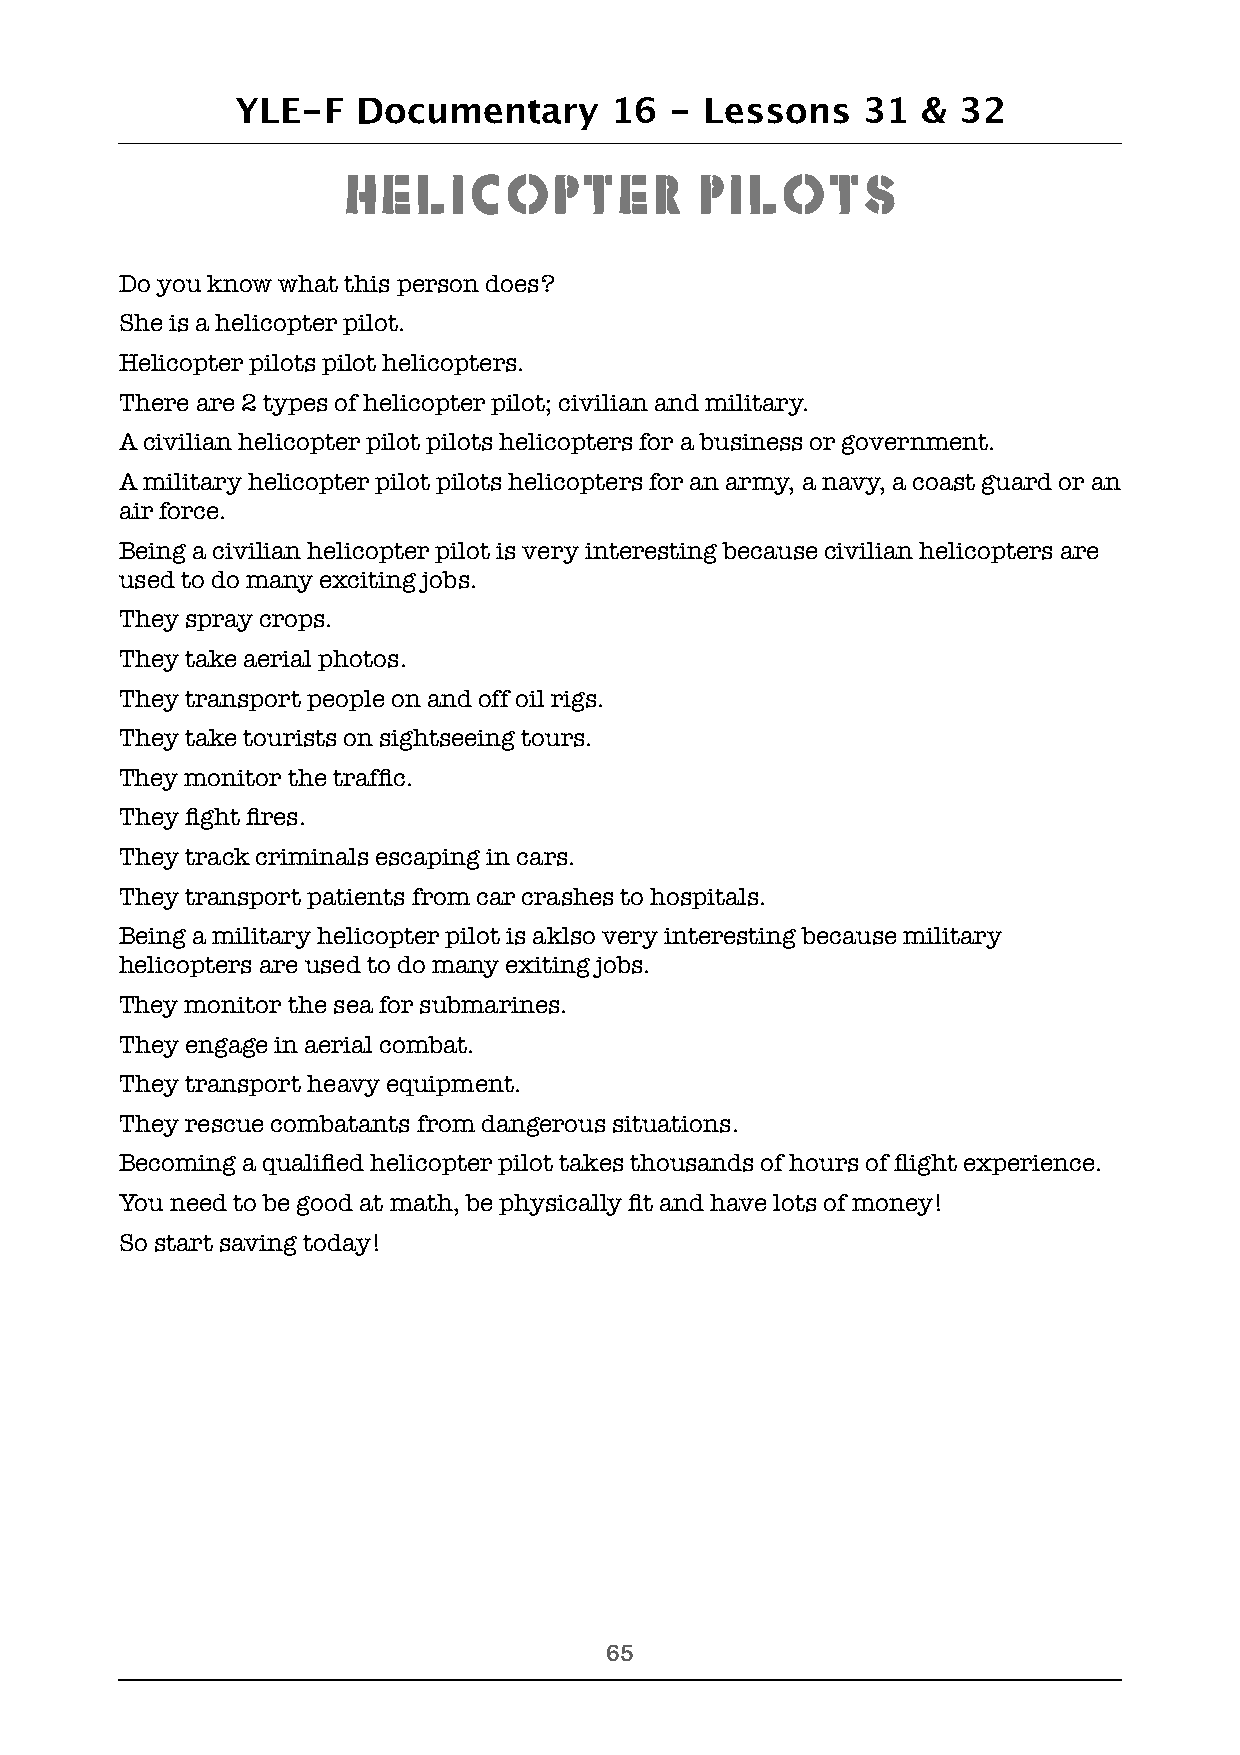
YLE-F   Documentary     16  -  Lessons   31  & 32
 Helicopter             Pilots
 Do you know what this person does?
 She is a helicopter pilot.
 Helicopter pilots pilot helicopters.
 There are 2 types of helicopter pilot; civilian and military.
 A civilian helicopter pilot pilots helicopters for a business or government.
 A military helicopter pilot pilots helicopters for an army, a navy, a coast guard or an
 air force.
 Being a civilian helicopter pilot is very interesting because civilian helicopters are
 used to do many exciting jobs.
 They spray crops.
 They take aerial photos.
 They transport people on and off oil rigs.
 They take tourists on sightseeing tours.
 They monitor the traffic.
 They fight fires.
 They track criminals escaping in cars.
 They transport patients from car crashes to hospitals.
 Being a military helicopter pilot is aklso very interesting because military
 helicopters are used to do many exiting jobs.
 They monitor the sea for submarines.
 They engage in aerial combat.
 They transport heavy equipment.
 They rescue combatants from dangerous situations.
 Becoming a qualified helicopter pilot takes thousands of hours of flight experience.
 You need to be good at math, be physically fit and have lots of money!
 So start saving today!
 !65